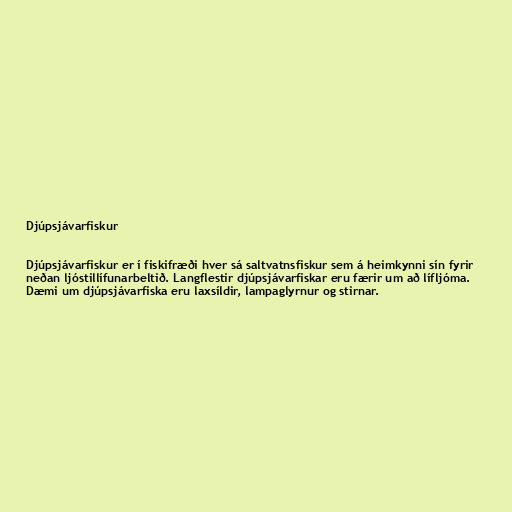
Djúpsjávarfiskur

Djúpsjávarfiskur er í fiskifræði hver sá saltvatnsfiskur sem á heimkynni sín fyrir
neðan ljóstillífunarbeltið. Langflestir djúpsjávarfiskar eru færir um að lífljóma.
Dæmi um djúpsjávarfiska eru laxsíldir, lampaglyrnur og stirnar.